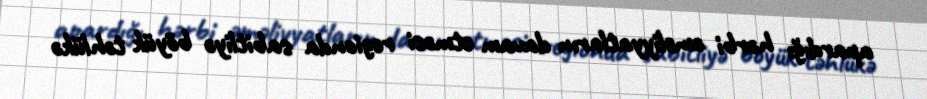
apardığı hərbi əməliyyatların davam etməsi regionda sabitliyə böyük təhlükə